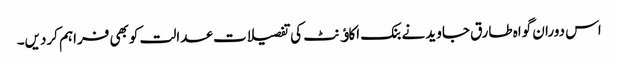
اس دوران گواہ طارق جاوید نے بنک اکاﺅنٹ کی تفصیلات عدالت کوبھی فراہم کردیں۔